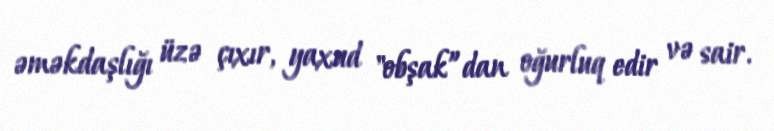
əməkdaşlığı üzə çıxır, yaxud "obşak”dan oğurluq edir və sair.